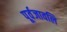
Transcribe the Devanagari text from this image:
पूर्वजावलि